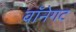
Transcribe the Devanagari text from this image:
वॉनेगट